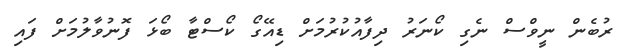
ރުބެން ނީވްސް ނެގި ކޯނަރު ދިފާއުކުރުމަށް ޑިއޭގޯ ކޯސްޓާ ބޯޅަ ފޮނުވާލުމަށް ފައި